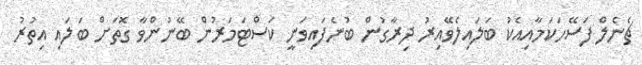
ޗެނެލް ފަސޭހަކަމާއިއެކު ބަލައިލެވޭއިރު ދިރާގުން ބުނެފައިވަނީ ކަސްޓަމަރުން ބޭނުންވާ ގޮތަށް ބަލައި އިތުރު